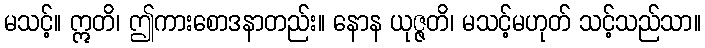
မသင့်။ ဣတိ၊ ဤကားစောဒနာတည်း။ နောန ယုဇ္ဇတိ၊ မသင့်မဟုတ် သင့်သည်သာ။